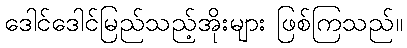
ဒေါင်ဒေါင်မြည်သည့်အိုးများ ဖြစ်ကြသည်။